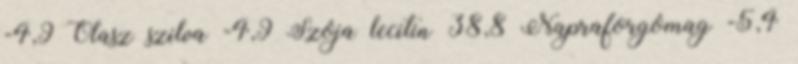
-4,9 Olasz szilva -4,9 Szója lecitin 38,8 Napraforgómag -5,4